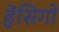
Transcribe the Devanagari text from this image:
हेसिगो